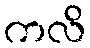
ကလိ